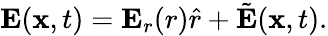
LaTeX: \mathbf{E}(\mathbf{x},t)=\mathbf{E}_{r}(r)\hat{r}+\tilde{\mathbf{E}}(\mathbf{x},t).